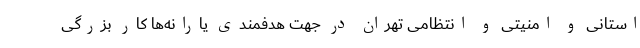
استانی و امنیتی و انتظامی تهران در جهت هدفمندی یارانه‌ها کار بزرگی